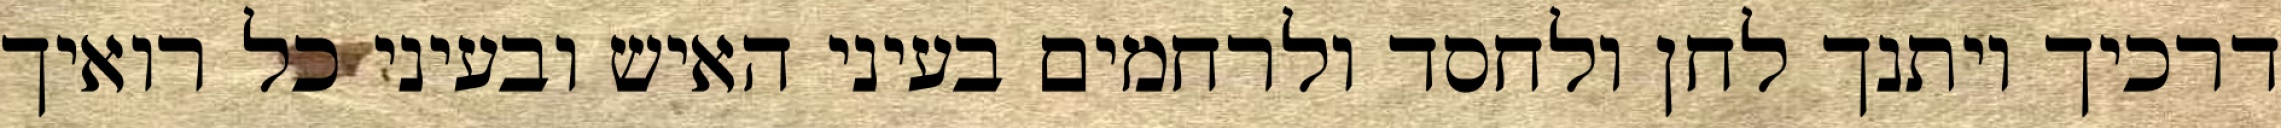
דרכיך ויתנך לחן ולחסד ולרחמים בעיני האיש ובעיני כל רואיך